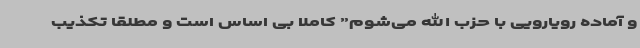
و آماده رویارویی با حزب الله می‌شوم” کاملا بی اساس است و مطلقا تکذیب